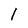
Character: l